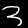
Digit: 3